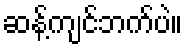
ဆန့်ကျင်ဘက်ပဲ။